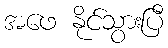
အဖေ နိုင်သွားပြီ